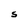
Character: S